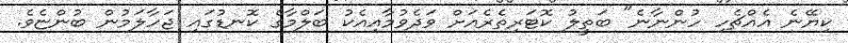
ކިޔޭނެ އެއްޗެހި ހުންނާނެ" ބަތީލު ކޮޓަރިތެރެއަށް ވަދެވުމާއިއެކު ބަލްމާގެ ކޮނޑުގައި ޖަހާލަމުން ބުންޏެވެ.